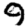
Digit: 9